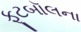
ફૂટબૉલના